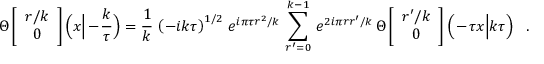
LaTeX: \Theta \left[ \begin{array} { c } { { r / k } } \\ { { 0 } } \end{array} \right] \Big ( x \Big | - \frac { k } { \tau } \Big ) = \frac { 1 } { k } \, \left( - i k \tau \right) ^ { 1 / 2 } \, e ^ { i \pi \tau r ^ { 2 } / k } \, \sum _ { r ^ { \prime } = 0 } ^ { k - 1 } \, e ^ { 2 i \pi r r ^ { \prime } / k } \, \Theta \left[ \begin{array} { c } { { r ^ { \prime } / k } } \\ { { 0 } } \end{array} \right] \Big ( - \tau x \Big | k \tau \Big ) \ \ \ .